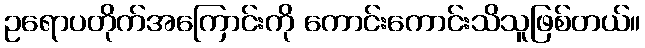
ဥရောပတိုက်အကြောင်းကို ကောင်းကောင်းသိသူဖြစ်တယ်။